Report on sanitation, dispensaries, and jails in Rajputana for 1919, and on vaccination for the year 1919-1920 - 1919-1920
Year: 1919
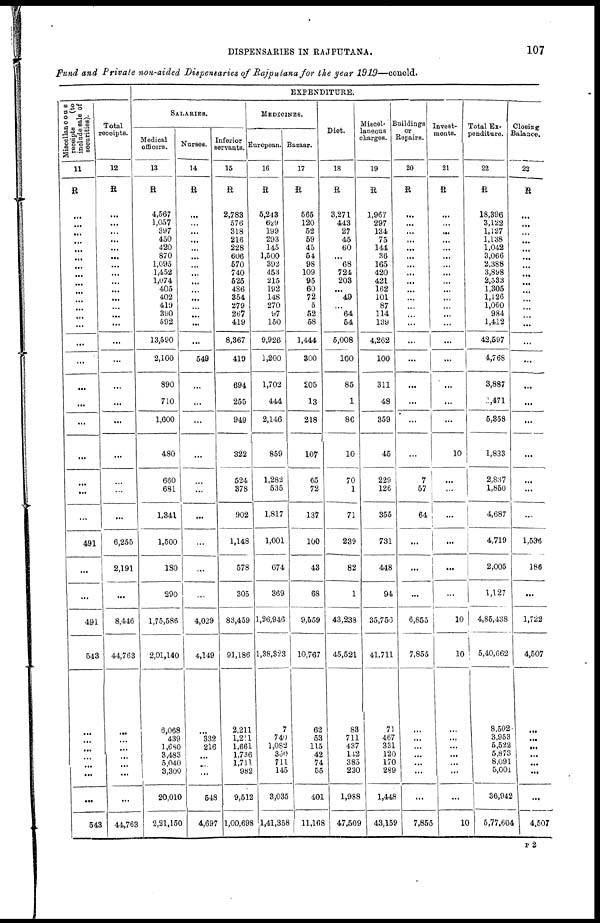
DISPENSARIES IN RAJPUTANA.
107
Fund and Private non-aided Dispensaries of Rajputana for the year 1919—concld.
Miscellaneous
receipts
(to
include sale of
securities).
11
R
...
...
...
...
...
...
...
...
...
...
...
...
...
...
...
...
...
...
...
...
...
...
...
491
...
...
491
543
...
...
...
...
...
...
...
543
Total
receipts.
12
R
...
...
...
...
...
...
...
...
...
...
...
...
...
...
...
...
...
...
...
...
...
...
...
6,255
2,191
...
8,446
44,763
...
...
...
...
...
...
...
44,763
EXPENDITURE.
SALARIES.
Medical
officers.
13
R
4,567
1,057
397
450
420
870
1,095
1,452
1,074
405
402
419
390
592
13,590
2,100
890
710
1,600
480
660
681
1,341
1,500
180
290
1,75,586
2,01,140
6,068
439
1,680
3,483
5,040
3,300
20,010
2,21,150
Nurses.
14
R
...
...
...
...
...
...
...
...
...
...
...
...
...
...
...
549
...
...
...
...
...
...
...
...
...
...
4,029
4,149
...
332
216
...
...
...
548
4,697
Inferior
servants.
15
R
2,783
576
318
216
228
606
570
740
525
486
354
279
267
419
8,367
419
694
255
949
322
524
378
902
1,148
578
305
83,459
91,186
2,211
1,211
1,661
1,736
1,711
982
9,512
1,00,698
MEDICINES.
European.
16
R
5,243
629
199
293
145
1,500
392
453
215
192
148
270
97
150
9,926
1,200
1,702
444
2,146
859
1,282
535
1,817
1,001
674
369
1,26,946
1,38,323
7
740
1,082
350
711
145
3,035
1,41,358
Bazaar.
17
R
565
120
52
59
45
54
98
109
95
60
72
5
52
58
1,444
300
205
13
218
107
65
72
137
100
43
68
9,559
10,767
62
53
115
42
74
55
401
11,168
Diet.
18
R
3,271
443
27
45
60
...
68
724
203
...
49
...
64
54
5,008
100
85
1
86
10
70
1
71
239
82
1
43,238
45,521
83
711
437
142
385
230
1,988
47,509
Miscel-
laneous
charges.
19
R
1,967
297
134
75
144
36
165
420
421
162
101
87
114
139
4,262
100
311
48
359
45
229
126
355
731
448
94
35,756
41,711
71
467
331
120
170
289
1,448
43,159
Buildings
or
Repairs.
20
R
...
...
...
...
...
...
...
...
...
...
...
...
...
...
...
...
...
...
...
...
7
57
64
...
...
...
6,855
7,855
...
...
...
...
...
...
...
7,855
Invest-
ments.
21
R
...
...
...
...
...
...
...
...
...
...
...
...
...
...
...
...
...
...
...
10
...
...
...
...
...
...
10
...
...
...
...
...
...
...
...
10
Total Ex-
penditure.
22
R
18,396
3,122
1,127
1,138
1,042
3,066
2,388
3,898
2,533
1,305
1,126
1,060
984
1,412
42,597
4,768
3,887
2,471
5,368
1,833
2,837
1,850
4,687
4,719
2,005
1,127
4,85,438
5,40,662
8,502
3,953
5,522
5,873
8,091
5,001
36,942
5,77,604
Closing
Balance.
23
R
...
...
...
...
...
...
...
...
...
...
...
...
...
...
...
...
...
...
...
...
...
...
...
1,536
186
...
1,722
4,507
...
...
...
...
...
...
...
4,507
P2